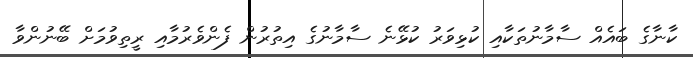
ކާނާގެ ބައެއް ސާމާނުތަކާއި ކުޅިވަރު ކުޅޭނެ ސާމާނުގެ އިތުރުން ފެންވެރުމާއި ރީތިވުމަށް ބޭނުންވާ